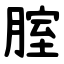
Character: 腟